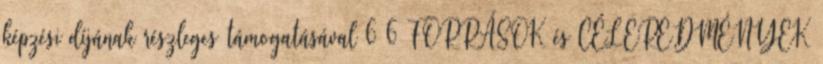
képzési díjának részleges támogatásával 6 6 FORRÁSOK és CÉLEREDMÉNYEK